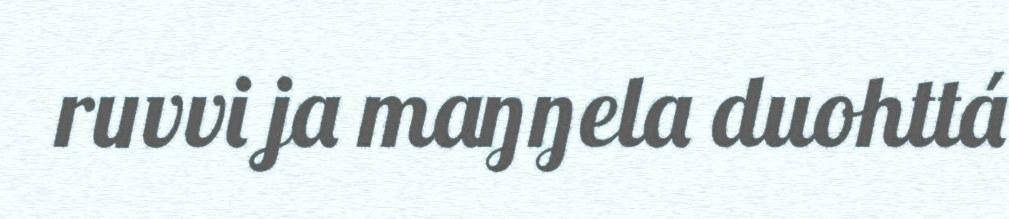
ruvvi ja maŋŋela duohttá